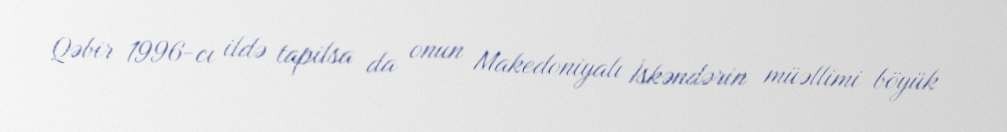
Qəbir 1996-cı ildə tapilsa da onun Makedoniyalı İskəndərin müəllimi böyük